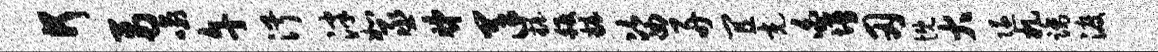
何鬲喻午淑泮如丞睇羊妆皈妆姿舟宜充白墁刃慨大隧札踏渡